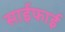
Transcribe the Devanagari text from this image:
साईफाई